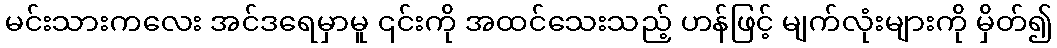
မင်းသားကလေး အင်ဒရေမှာမူ ၎င်းကို အထင်သေးသည့် ဟန်ဖြင့် မျက်လုံးများကို မှိတ်၍